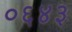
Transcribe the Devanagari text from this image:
०६४३